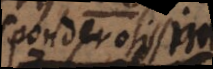
(ponderosissi